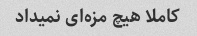
کاملا هیچ مزه‌ای نمیداد